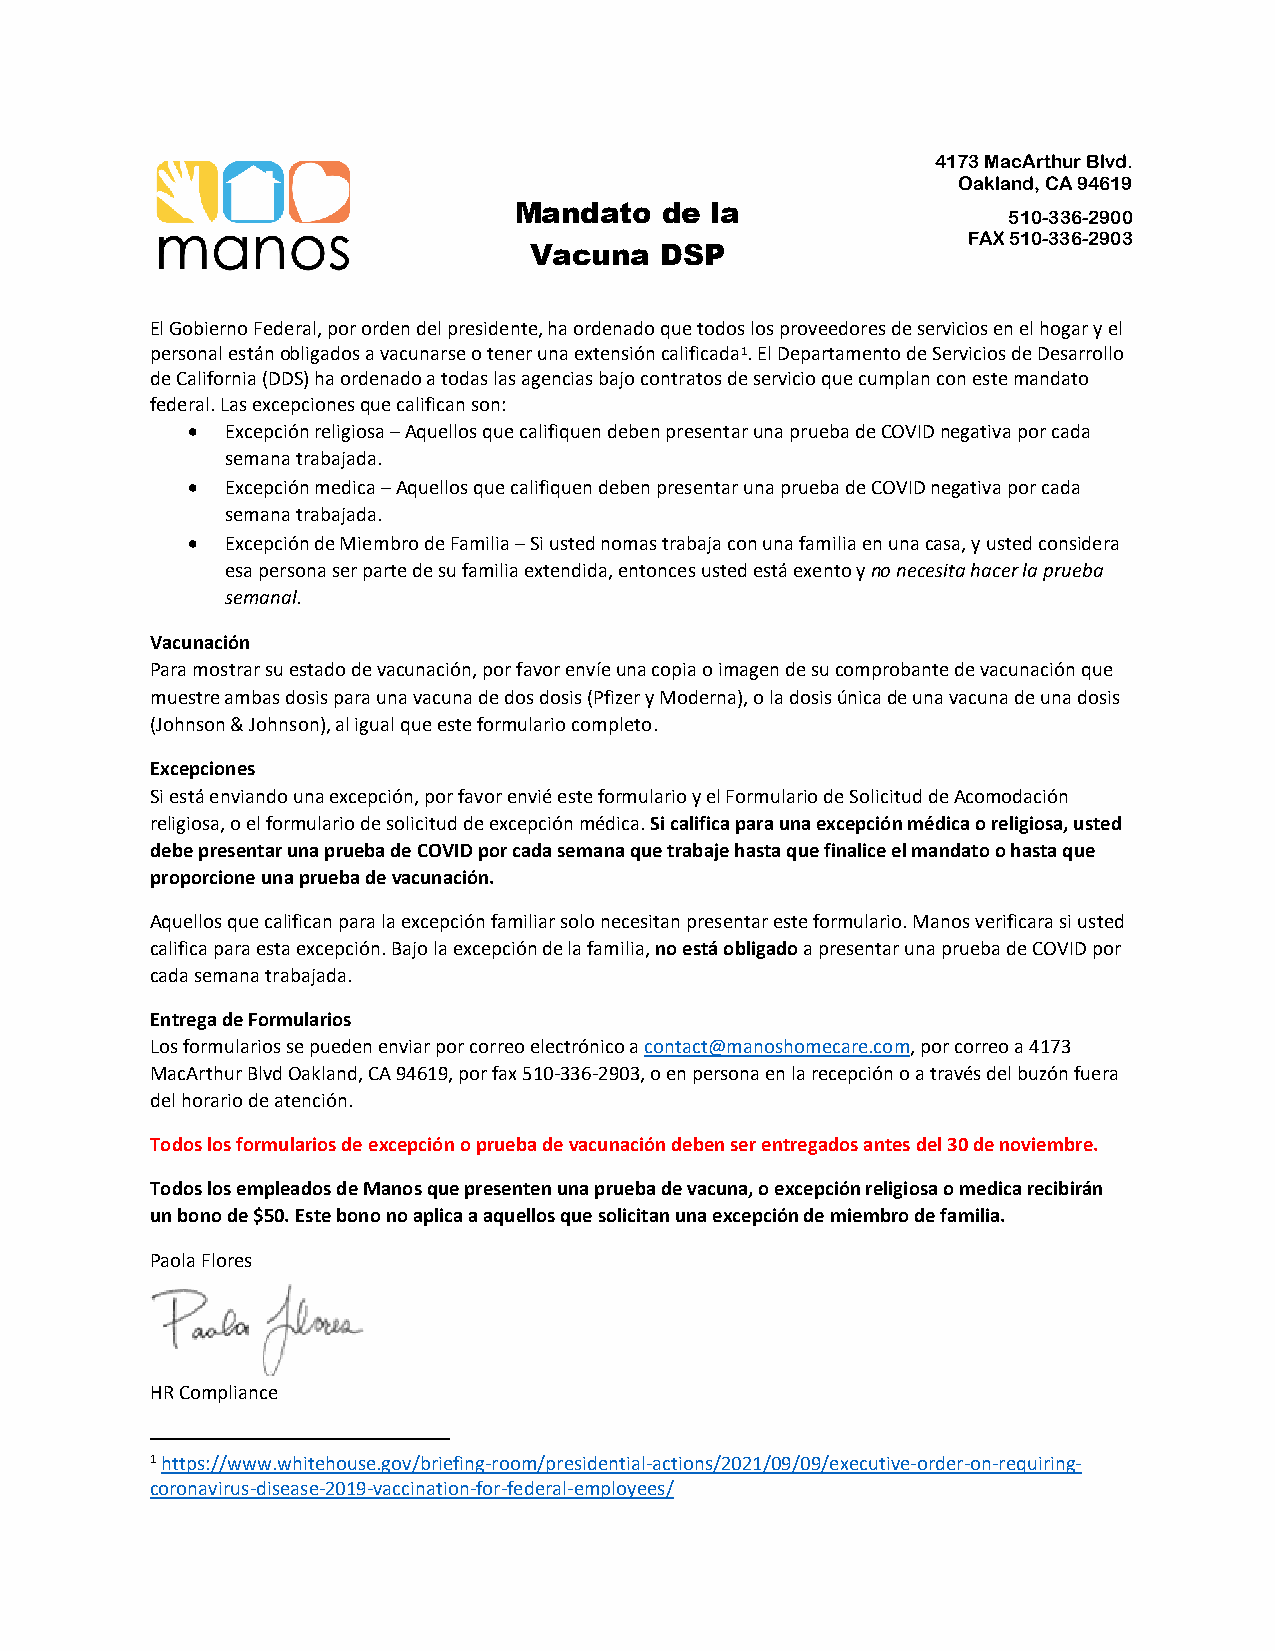
4173 MacArthur Blvd.
 Oakland, CA 94619
 Mandato   de la                  510-336-2900
 FAX 510-336-2903
 Vacuna   DSP
 El Gobierno Federal, por orden del presidente, ha ordenado que todos los proveedores de servicios en el hogar y el
 personal están obligados a vacunarse o tener una extensión calificada1. El Departamento de Servicios de Desarrollo
 de California (DDS) ha ordenado a todas las agencias bajo contratos de servicio que cumplan con este mandato
 federal. Las excepciones que califican son:
 •  Excepción religiosa – Aquellos que califiquen deben presentar una prueba de COVID negativa por cada
 semana trabajada.
 •  Excepción medica – Aquellos que califiquen deben presentar una prueba de COVID negativa por cada
 semana trabajada.
 •  Excepción de Miembro de Familia – Si usted nomas trabaja con una familia en una casa, y usted considera
 esa persona ser parte de su familia extendida, entonces usted está exento y no necesita hacer la prueba
 semanal.
 Vacunación
 Para mostrar su estado de vacunación, por favor envíe una copia o imagen de su comprobante de vacunación que
 muestre ambas dosis para una vacuna de dos dosis (Pfizer y Moderna), o la dosis única de una vacuna de una dosis
 (Johnson & Johnson), al igual que este formulario completo.
 Excepciones
 Si está enviando una excepción, por favor envié este formulario y el Formulario de Solicitud de Acomodación
 religiosa, o el formulario de solicitud de excepción médica. Si califica para una excepción médica o religiosa, usted
 debe presentar una prueba de COVID por cada semana que trabaje hasta que finalice el mandato o hasta que
 proporcione una prueba de vacunación.
 Aquellos que califican para la excepción familiar solo necesitan presentar este formulario. Manos verificara si usted
 califica para esta excepción. Bajo la excepción de la familia, no está obligado a presentar una prueba de COVID por
 cada semana trabajada.
 Entrega de Formularios
 Los formularios se pueden enviar por correo electrónico a contact@manoshomecare.com, por correo a 4173
 MacArthur Blvd Oakland, CA 94619, por fax 510-336-2903, o en persona en la recepción o a través del buzón fuera
 del horario de atención.
 Todos los formularios de excepción o prueba de vacunación deben ser entregados antes del 30 de noviembre.
 Todos los empleados de Manos que presenten una prueba de vacuna, o excepción religiosa o medica recibirán
 un bono de $50. Este bono no aplica a aquellos que solicitan una excepción de miembro de familia.
 Paola Flores
 HR Compliance
 1 https://www.whitehouse.gov/briefing-room/presidential-actions/2021/09/09/executive-order-on-requiring-
 coronavirus-disease-2019-vaccination-for-federal-employees/